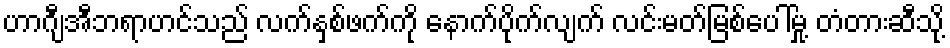
ဟာဂျီအီဘရာဟင်သည် လက်နှစ်ဖက်ကို နောက်ပိုက်လျက် လင်းမတ်မြစ်ပေါ်မှု့ တံတားဆီသို့